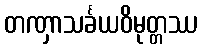
တဏှာသင်္ခယဝိမုတ္တဿ